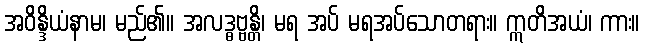
အဝိန္ဒိယံနာမ၊ မည်၏။ အလဒ္ဓဗ္ဗန္တိ၊ မရ အပ် မရအပ်သောတရား။ ဣတိအယံ၊ ကား။